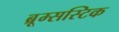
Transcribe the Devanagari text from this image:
ब्रूम्सस्टिक